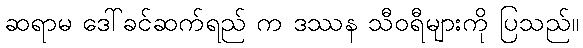
ဆရာမ ဒေါ်ခင်ဆက်ရည် က ဒဿန သီဝရီများကို ပြသည်။